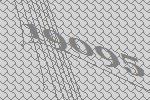
19095